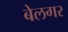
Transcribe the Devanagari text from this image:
बेलगर